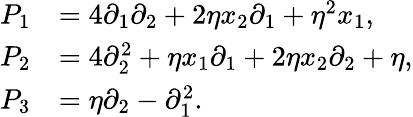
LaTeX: \begin{array}{rl}{{P}_{1}}&{=4\partial_{1}\partial_{2}+2\eta x_{2}\partial_{1}+\eta^{2}x_{1},}\\ {{P}_{2}}&{=4\partial_{2}^{2}+\eta x_{1}\partial_{1}+2\eta x_{2}\partial_{2}+\eta,}\\ {{P}_{3}}&{=\eta\partial_{2}-\partial_{1}^{2}.}\end{array}